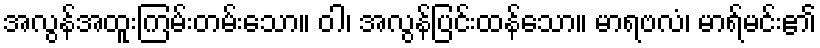
အလွန်အထူးကြမ်းတမ်းသော။ ဝါ၊ အလွန်ပြင်းထန်သော။ မာရဗလံ၊ မာရ်မင်း၏